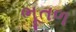
ભૂતળ